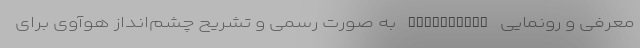
معرفی و رونمایی AppGallery به صورت رسمی و تشریح چشم‌انداز هوآوی برای